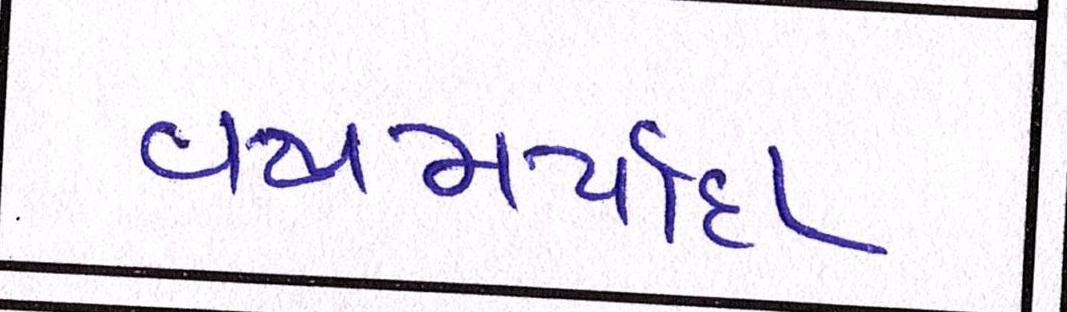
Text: વયમર્યાદા